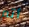
أتم